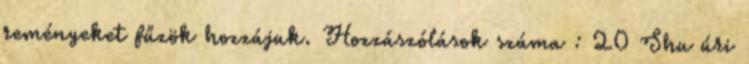
reményeket fűzök hozzájuk. Hozzászólások száma : 20 Shu úri